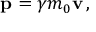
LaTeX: \mathbf { p } = \gamma m _ { 0 } \mathbf { v } \, ,